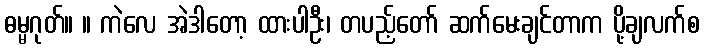
ဓမ္မဂုတ်။ ။ ကဲလေ အဲဒါတော့ ထားပါဦး၊ တပည့်တော် ဆက်မေးချင်တာက ပို့ချလက်စ